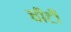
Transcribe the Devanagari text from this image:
चीटीं